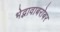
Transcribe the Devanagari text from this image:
भेद्भावाबरोबर